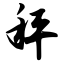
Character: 秤